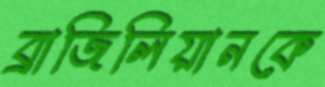
ব্রাজিলিয়ানকে